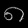
Digit: ၈